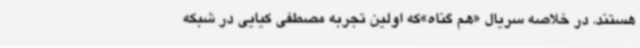
هستند. در خلاصه سریال «هم گناه»که اولین تجربه مصطفی کیایی در شبکه